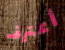
أعترف